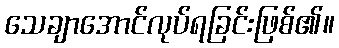
သေချာအောင်လုပ်ရခြင်းဖြစ်၏။